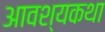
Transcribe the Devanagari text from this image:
आवश्यकथा